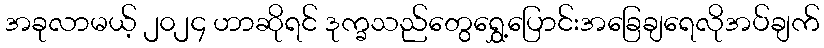
အခုလာမယ့် ၂၀၂၄ ဟာဆိုရင် ဒုက္ခသည်တွေရွှေ့ပြောင်းအခြေချရေလိုအပ်ချက်